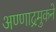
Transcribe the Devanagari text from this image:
अण्णाद्रमुकने